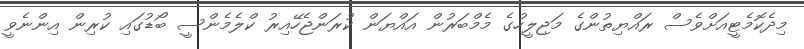
މިދެކޮމެޓީއަށްވެސް ރައްޔިތުންގެ މަޖިލީހުގެ މެމްބަރުން އައްޔަން ކުރަންޖެހޭއިރު ކްލެމެންސީ ބޯޑުގައި ކުރިން އިންނެވީ